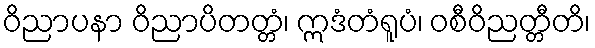
ဝိညာပနာ ဝိညာပိတတ္တံ၊ ဣဒံတံရူပံ၊ ဝစီဝိညတ္တီတိ၊